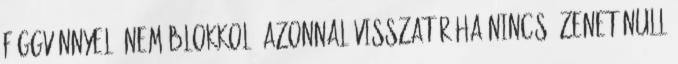
függvénnyel: nem blokkol, azonnal visszatér ha nincs üzenet null